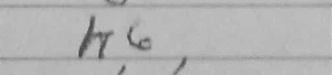
Transcription: h6